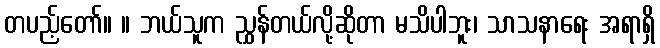
တပည့်တော်။ ။ ဘယ်သူက ညွှန်တယ်လို့ဆိုတာ မသိပါဘူး၊ သာသနာရေး အရာရှိ